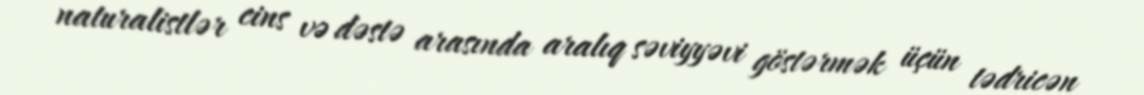
naturalistlər cins və dəstə arasında aralıq səviyyəvi göstərmək üçün tədricən